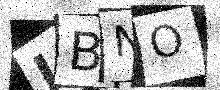
Text: JBNO